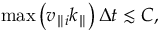
\operatorname* { m a x } \left( v _ { \parallel i } k _ { \parallel } \right) \Delta t \lesssim C ,